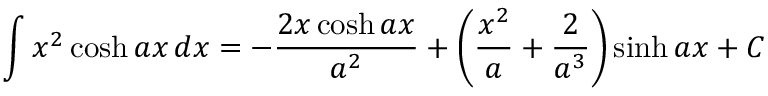
\int x ^ { 2 } \cosh a x \, d x = - { \frac { 2 x \cosh a x } { a ^ { 2 } } } + \left( { \frac { x ^ { 2 } } { a } } + { \frac { 2 } { a ^ { 3 } } } \right) \sinh a x + C